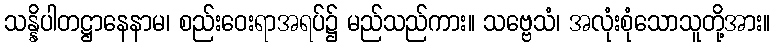
သန္နိပါတဋ္ဌာနေနာမ၊ စည်းဝေးရာအရပ်၌ မည်သည်ကား။ သဗ္ဗေသံ၊ အလုံးစုံသောသူတို့အား။